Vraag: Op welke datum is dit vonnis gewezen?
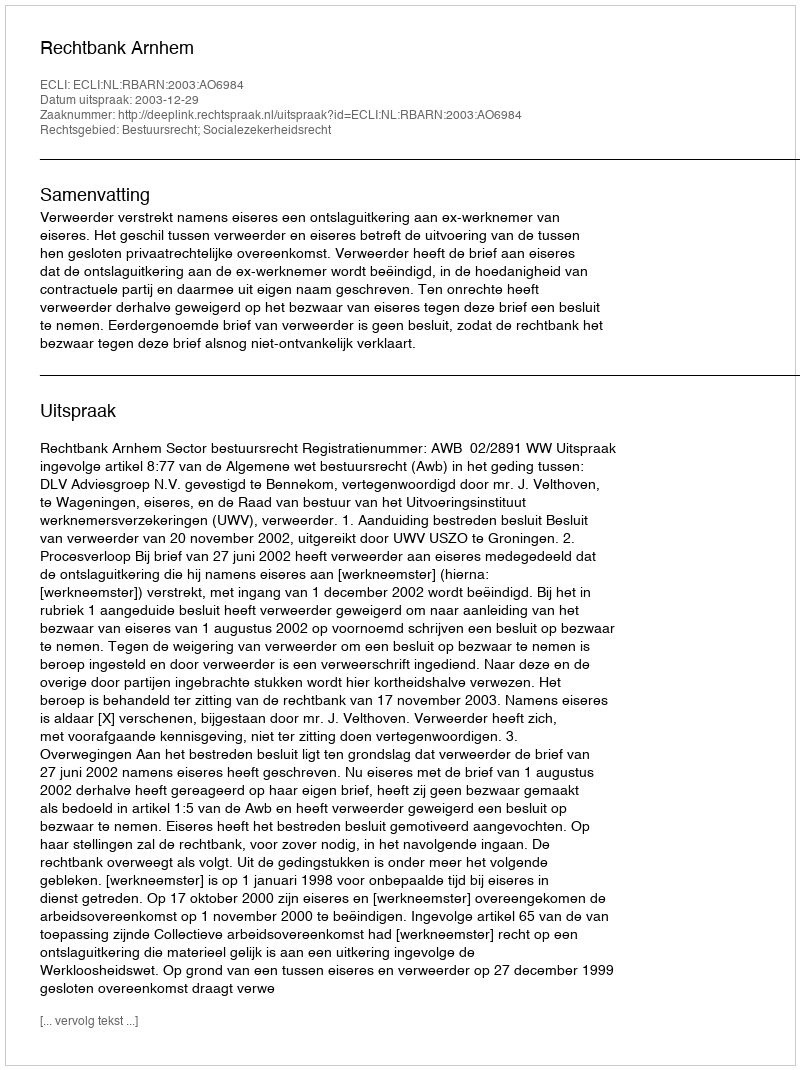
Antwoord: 2003-12-29